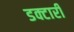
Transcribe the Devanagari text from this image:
डक्टारी